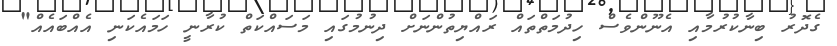
ގެދޮރު ބިނާކުރުމާއި އެނޫންވެސް ހިދުމަތްތައް ރައްޔިތުންނަށް ދިނުމުގައި މަސައްކަތް ކުރާނީ ހަމައެކަނި އެެއްބައެއް"